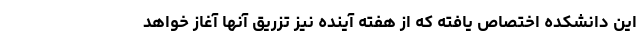
این دانشکده اختصاص یافته که از هفته آینده نیز تزریق آنها آغاز خواهد